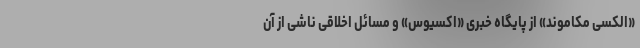
«الکسی مکاموند» از پایگاه خبری «اکسیوس» و مسائل اخلاقی ناشی از آن